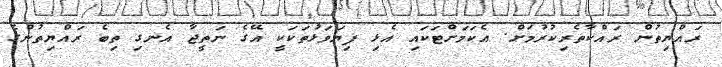
ރައްޔިތުން ރައްކާތެރިކުރުމަށް. އެކަމަށްޓަކައި އެޅި ފިޔަވަޅުތަކަކީ އޭގެ ނަތީޖާ އެނގި ތިބެ ރައްޔިތުންގެ